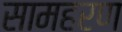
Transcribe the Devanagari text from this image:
सामहरण